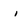
Character: i